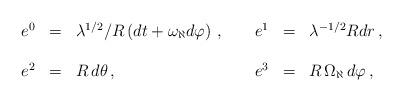
LaTeX: \begin{align*}\begin{array}{rclrcl}e^{0} & = & \lambda^{1/2}/R\left( dt +\omega_{\aleph}d\varphi \right)\, ,\hspace{.5cm} & e^{1} & = & \lambda^{-1/2} Rdr \, , \\& & & & & \\e^{2} & = & R\, d\theta\, , & e^{3} & = & R\, \Omega_{\aleph}\, d\varphi \, ,\\\end{array}\end{align*}